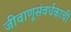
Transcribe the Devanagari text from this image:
जीवाणूसंवर्धकाची